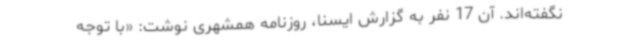
نگفته‌اند. آن 17 نفر به گزارش ایسنا، روزنامه همشهری نوشت: «با توجه